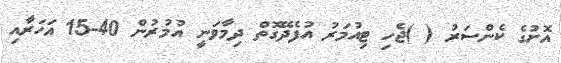
އޮށުގެ ކެންސަރު ( )ޖެހި ޓިއުމަރު އުފެދޭގޮތް ދިމާވަނީ އުމުރުން 40-15 އަހަރާއި